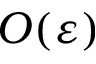
O ( \varepsilon )